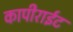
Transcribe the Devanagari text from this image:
कापीराईट